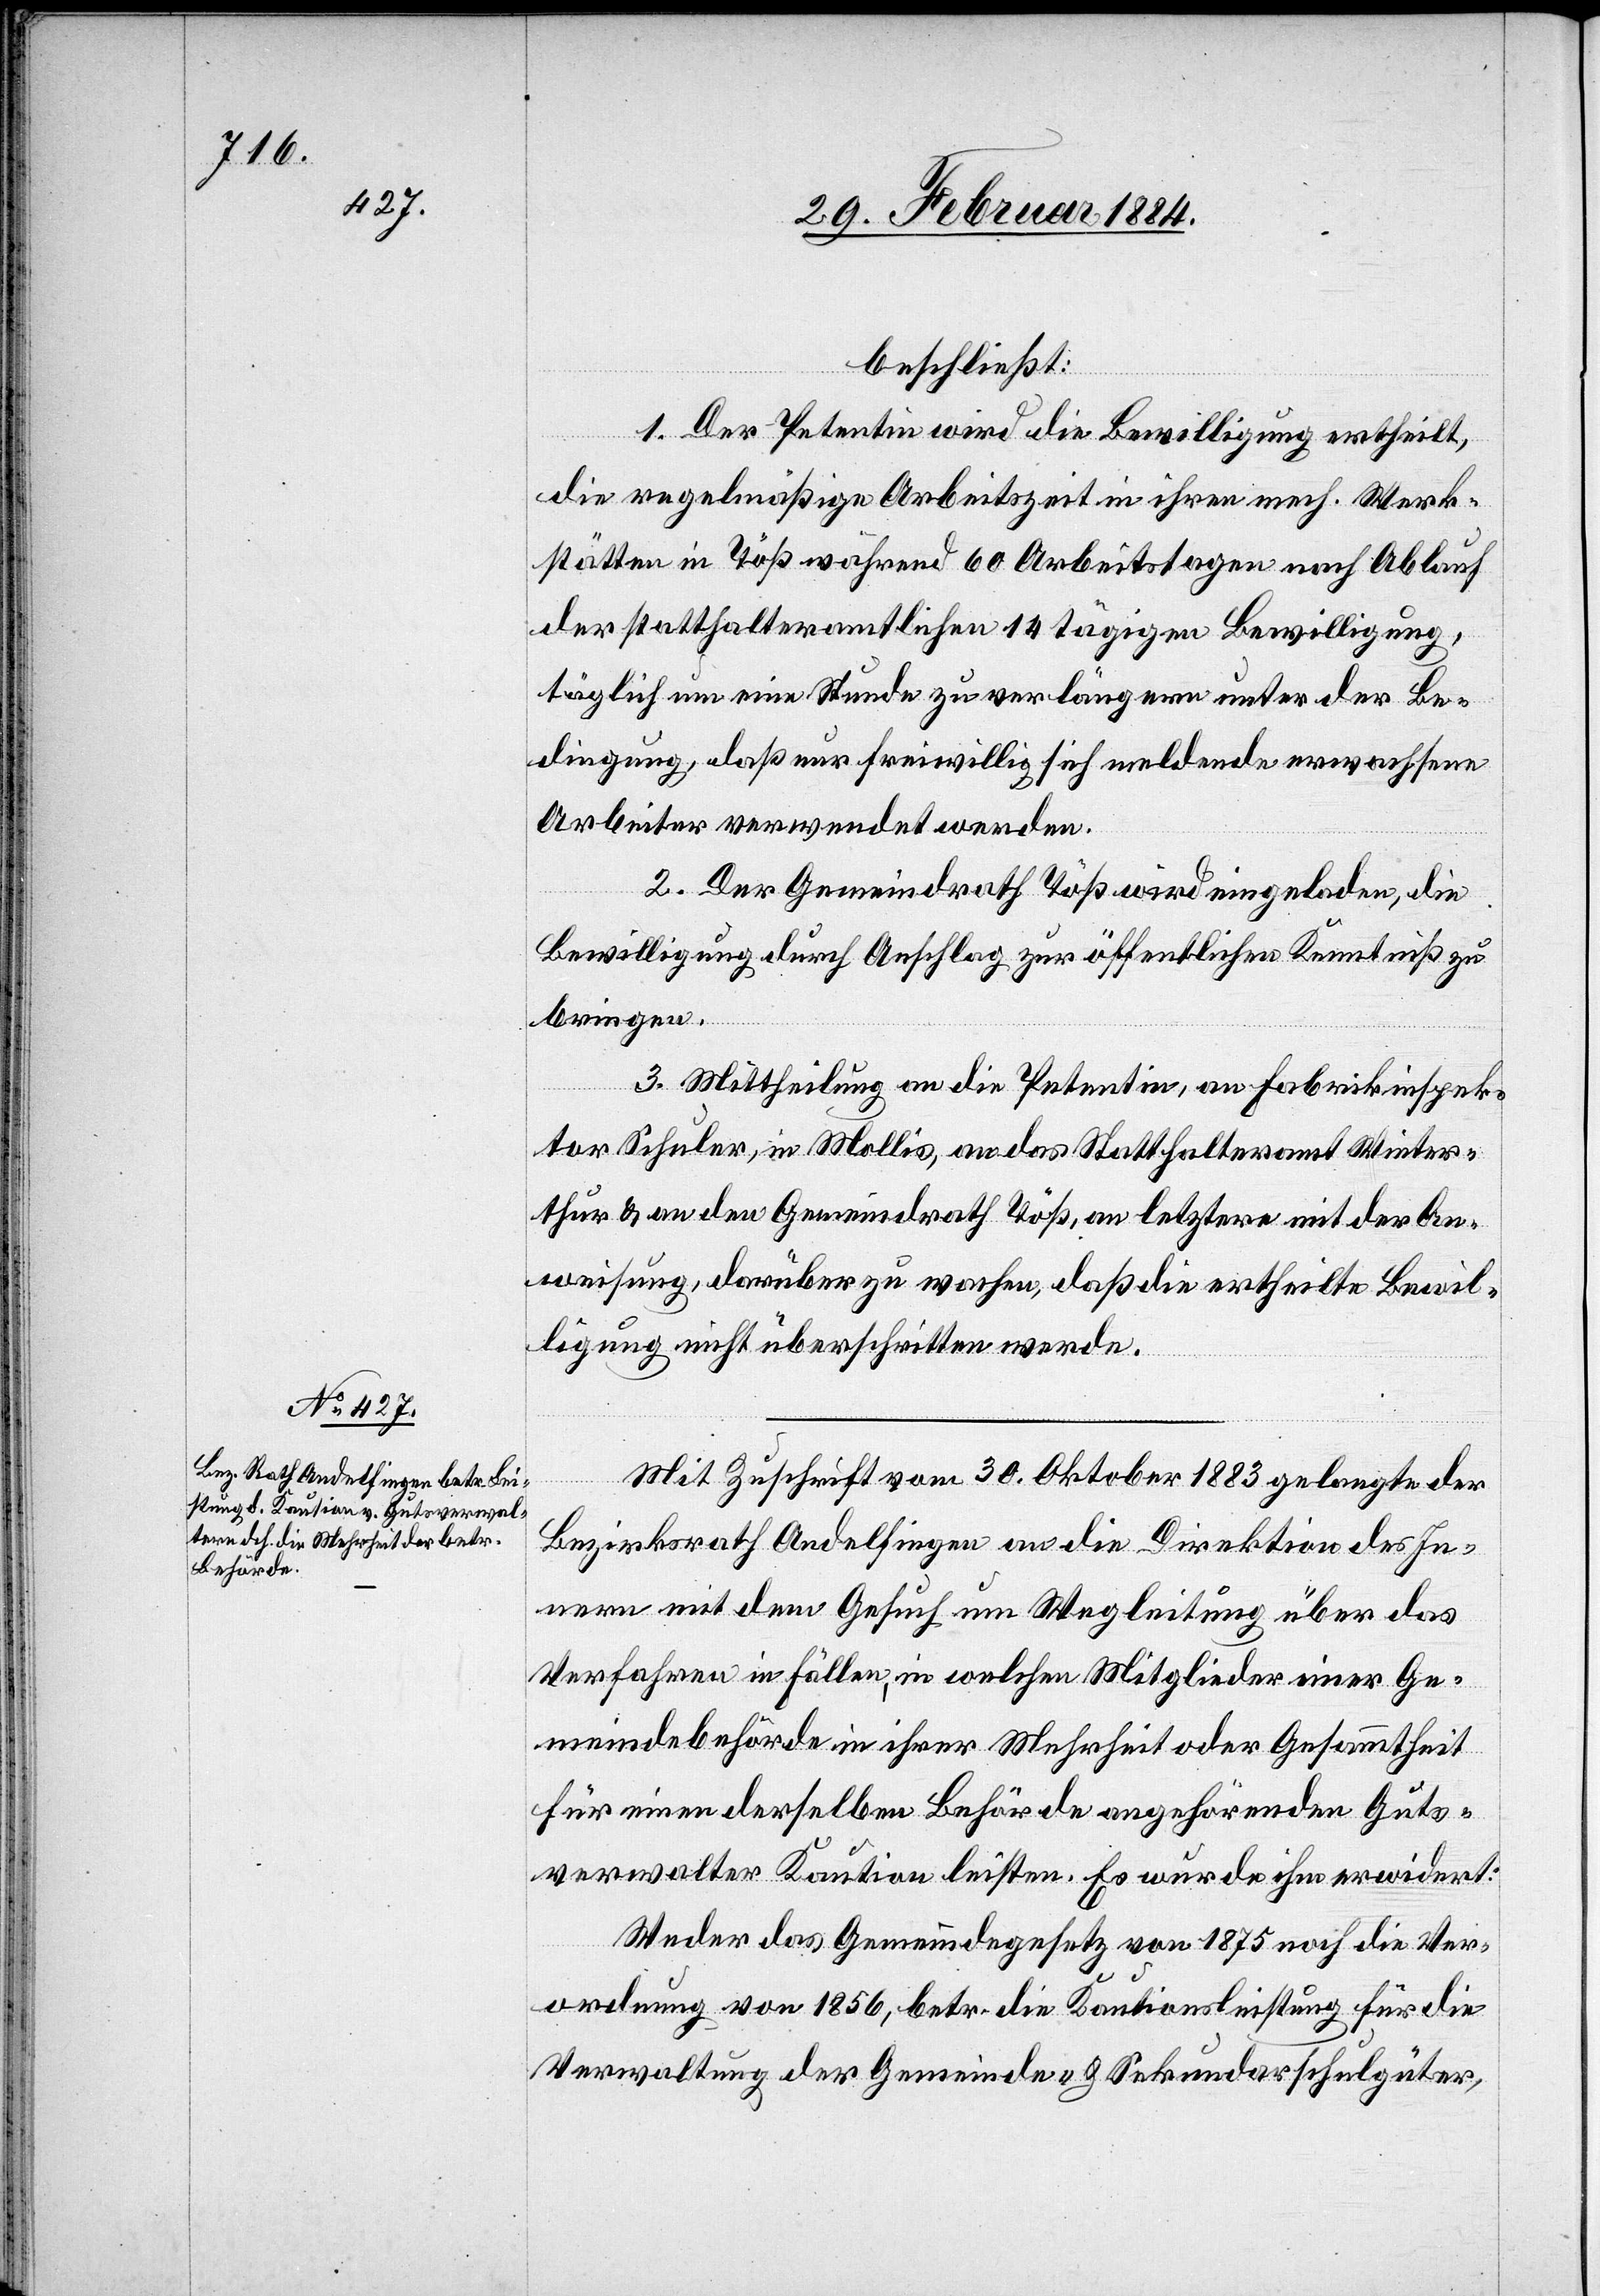
beschließt:
1. Der Petentin wird die Bewilligung ertheilt,
die regelmäßige Arbeitszeit in ihren mech. Werk¬
stätten in Töß während 60 Arbeitstagen nach Ablauf
der statthalteramtlichen 14tägigen Bewilligung,
täglich um eine Stunde zu verlängern unter der Be¬
dingung, daß nur freiwillig sich meldende erwachsene
Arbeiter verwendet werden.
2. Der Gemeindrath Töß wird eingeladen, die
Bewilligung durch Anschlag zur öffentlichen Kenntniß zu
bringen.
3. Mittheilung an die Petentin, an Fabrikinspek¬
tor Schuler, in Mollis, an das Statthalteramt Winter¬
thur & an den Gemeindrath Töß, an letztere mit der An¬
weisung darüber zu wachen, daß die ertheilte Bewil¬
ligung nicht überschritten werde.
Mit Zuschrift vom 30. Oktober 1883 gelangte der
Bezirksrath Andelfingen an die Direktion des In¬
nern mit dem Gesuch um Wegleitung über das
Verfahren in Fällen, in welchen Mitglieder einer Ge¬
meindebehörde in ihrer Mehrheit oder Gesammtheit
für einen derselben Behörde angehörenden Guts¬
verwalter Kaution leisten. Es wurde ihm erwidert:
Weder das Gemeindegesetz von 1875 noch die Ver¬
ordnung von 1856, betr. die Kautionsleistung für die
Verwaltung der Gemeinde- & Sekundarschulgüter,